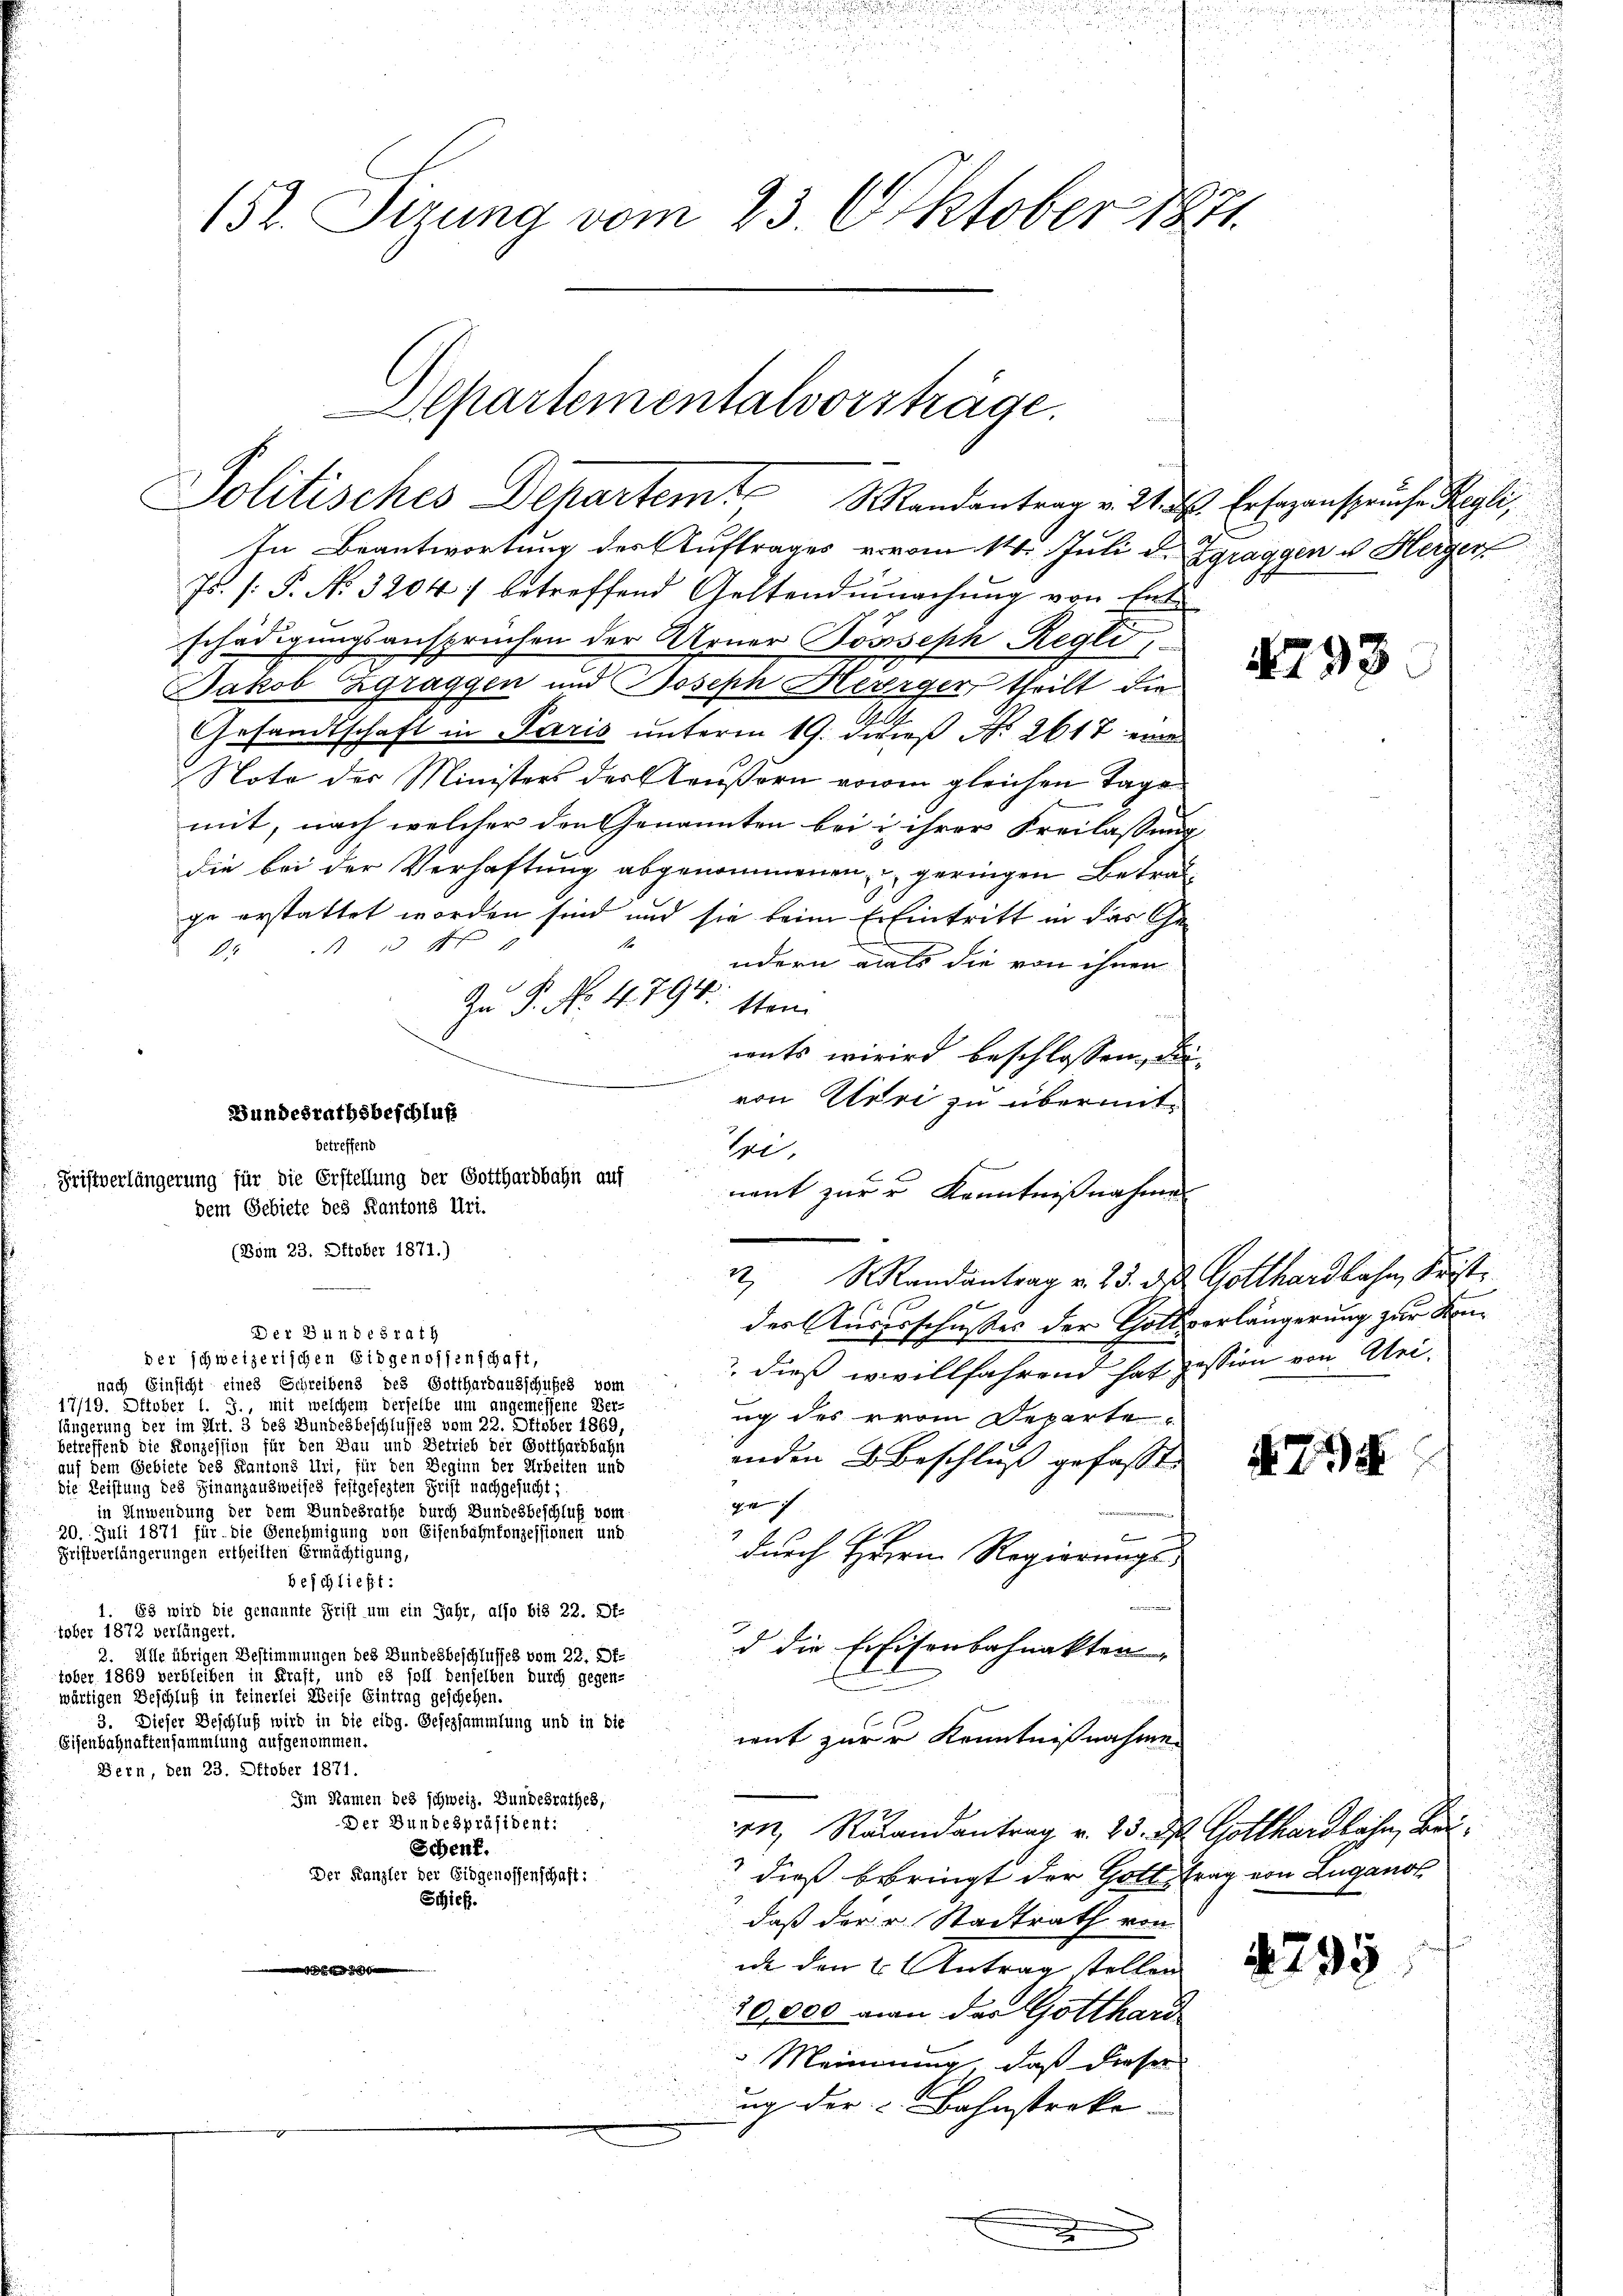
¬

 xx

3

a
152. Sizung vom 23. Oktober 1871

partementalvorstrage.
Politisches Departem Mandantrag v. Mts. Er sagenspruche Regli,

In Beantwortung der Auftrages er vom 14. Juli d. Zgraggen u Herzer
Js. (: P. No. 3204 :/ betreffend Geltendmachung von Ent
schädigungsansprüchen der Arner Possseph Regli
Jakob Zgraggen und Joseph Heerger, theilt die
Gesandtschaft in Paris unterm 19. dieß No. 2617 eines
Noto der Ministers der Aeußern vorm gleichen Tage
mit, nach welcher den Genannten bei u ihrer Freilassung
die bei der Verhaftung abgenommenen geringen Betragge erstattet worden sind und sie beim ErEintritt in das Ge¬
1
  13 ff
ndern als die von ihnen
E
Zn P. No. 4794.
tten
wits wird beschlossen, die-
von Uiri zu übermittei.
des Auserschußes der Gottverlängerung zur Kon¬
 dieß wivillfahrend hat pession von Atei-
nach Einsicht eines Schreibens des Gotthardausschußes vom
e
17/19. Oktober 1. J. mit welchem derselbe um angemessene Ver-
ug des vom Departe
längerung der im Art. 3 des Bundesbeschlusses vom 22. Oktober 1869,
betreffend die Konzession für den Bau und Betrieb der Botthachbahn
anden beschluss gefasst. |
auf dem Gebiete des Kantons Uri, für den Beginn der Arbeiten und
die Reistung des Finanzausweises festgesezten Grist nachgesucht;
de ich
in Anwendung der dem Bundesrathe durch Bundesbeschluß vom
20. Juli 1871 für die Genehmigung von Eisenbahnkonzessionen und
E
Fristverlängerungen ertheilten Ermächtigung,
durch Herrn Regierungsbeschließt:
1. Es wird die genannte Frist um ein Jahr, also bis 22. Pf.
tober 1872 verlängert.
d die Freisenbahnakter
2. Alle übrigen Bestimmungen des Bundesbeschlusses vom 22. Of-
tober 1869 verbleiben in Kraft, und es soll denselben durch gegen-
wärtigen Beschluß in feinerlei Weise Eintrag geschehen.
n
3. Dieser Beschluß wird in die eidg. Gesezsammlung und in die
weit zur r Kenntnißnahme
Eisenbahnattensammlung aufgenommen.
Bern, den 23. Oktober 1871.
Im Namen des schweiz. Bundesrathes,
Der Bundespräsident:
In Rükandantrag v. 23. d. Gotthardbahn, Bei¬
Schenf.
Der Kanzler der Eidgenossenschaft:
dieß bebringt der Gott trag von Lugano
Schief.
daß der u Stadtrath von
ide den 2. Antrag stellen
egehrer
10,000 man der Gotthard
Meinung, daß dieser
ug der u Bahnstrake
.

Bundesrathsbeschluß
betreffend
Fristverlängerung für die Erstellung der Gotthardbahn auf
dem Gebiete des Kantons Uri.
(Bom 23. Oktober 1871.)

Der Bundesrath
der schweizerischen Eidgenossenschaft,

nent zur u Kenntnißnahmen
1 Mandantrag v. 23. d. Gotthardbahn, Frist.

4793

f

N. 774

795